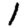
Digit: 1